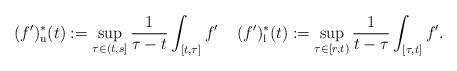
LaTeX: \begin{align*}(f')_{\mathrm{u}}^{*}(t):=\sup_{\tau \in (t,s]}\frac{1}{\tau-t}\int_{[t,\tau]}f'\;\;\;\;(f')_{\mathrm{l}}^{*}(t):=\sup_{\tau \in [r,t)}\frac{1}{t-\tau}\int_{[\tau,t]}f'. \end{align*}